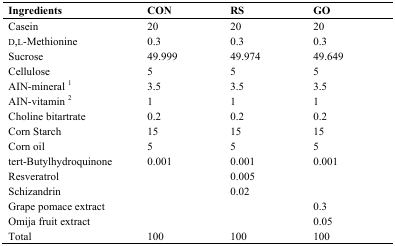
| Ingredients | CON | RS | GO |
 | --- | --- | --- | --- |
 | Casein | 20 | 20 | 20 |
 | D,L-Methionine | 0.3 | 0.3 | 0.3 |
 | Sucrose | 49.999 | 49.974 | 49.649 |
 | Cellulose | 5 | 5 | 5 |
 | AIN-mineral 1 | 3.5 | 3.5 | 3.5 |
 | AIN-vitamin 2 | 1 | 1 | 1 |
 | Choline bitartrate | 0.2 | 0.2 | 0.2 |
 | Corn Starch | 15 | 15 | 15 |
 | Corn oil | 5 | 5 | 5 |
 | tert-Butylhydroquinone | 0.001 | 0.001 | 0.001 |
 | Resveratrol |  | 0.005 |  |
 | Schizandrin |  | 0.02 |  |
 | Grape pomace extract |  |  | 0.3 |
 | Omija fruit extract |  |  | 0.05 |
 | Total | 100 | 100 | 100 |